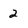
Character: 2